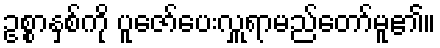
ဥစ္စာနှစ်ကို ပူဇော်ပေးလှူရာမည်တော်မူ၏။